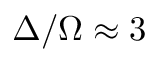
\Delta / \Omega \approx 3